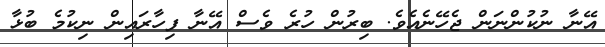
އޭނާ ނުކުންނަން ޖެހޭނެއެވެ. ބިރުން ހުރެ ވެސް އޭނާ ފިހާރައިން ނިކުމެ ބުޅާ